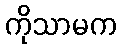
ကိုသာမက